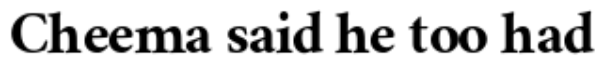
Cheema said he too had